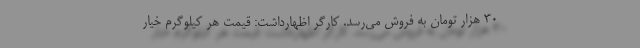
۳۰ هزار تومان به فروش می‌رسد. کارگر اظهارداشت: قیمت هر کیلوگرم خیار